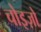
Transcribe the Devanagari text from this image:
चोइज़ो